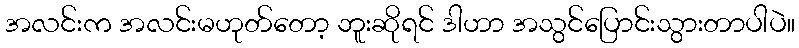
အလင်းက အလင်းမဟုတ်တော့ ဘူးဆိုရင် ဒါဟာ အသွင်ပြောင်းသွားတာပါပဲ။